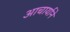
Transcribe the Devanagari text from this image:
आचार्याने